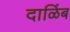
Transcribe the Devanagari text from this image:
दाळिंब